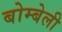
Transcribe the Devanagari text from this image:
बोम्बेली